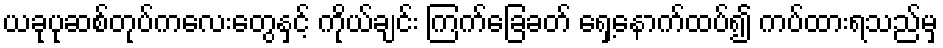
ယခုပုဆစ်တုပ်ကလေးတွေနှင့် ကိုယ်ချင်း ကြက်ခြေခတ် ရှေ့နောက်ထပ်၍ ကပ်ထားရသည်မှ